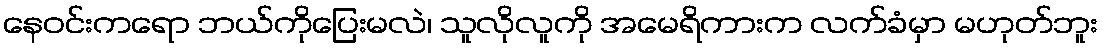
နေဝင်းကရော ဘယ်ကိုပြေးမလဲ၊ သူလိုလူကို အမေရိကားက လက်ခံမှာ မဟုတ်ဘူး